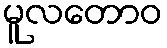
မူလတောဝ